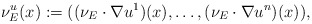
\begin{align*}\nu_E^u(x):=((\nu_E\cdot\nabla u^1)(x),\ldots,(\nu_E\cdot\nabla u^n)(x)),\end{align*}